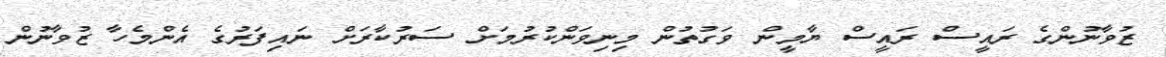
ޒުވާނުންގެ ރައީސް ރައީސް ޔާމީން ވަގުތުން މިނިވަންކުރުމަށް ސަރުކާރަށް ނައިފަރުގެ އެންމެހާ ޒުވާނުން